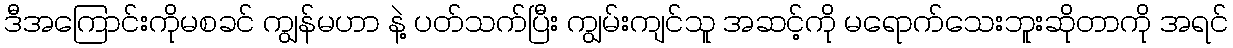
ဒီအကြောင်းကိုမစခင် ကျွန်မဟာ နဲ့ ပတ်သက်ပြီး ကျွမ်းကျင်သူ အဆင့်ကို မရောက်သေးဘူးဆိုတာကို အရင်